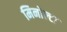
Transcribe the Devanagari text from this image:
मिनोल्टा